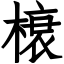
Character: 榱